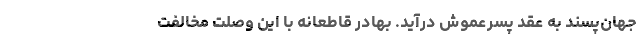
جهان‌پسند به عقد پسرعموش درآید. بهادر قاطعانه با این وصلت مخالفت